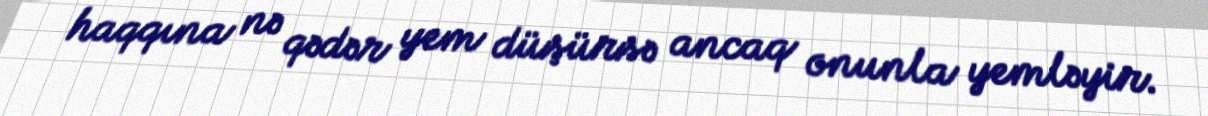
haqqına nə qədər yem düşürsə ancaq onunla yemləyir.